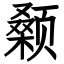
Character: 颡